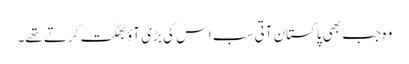
وہ جب بھی پاکستان آتی سب اس کی بڑی آؤ بھگت کرتے تھے۔